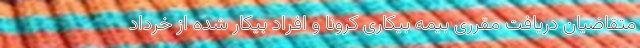
متقاضیان دریافت مقرری بیمه بیکاری کرونا و افراد بیکار شده از خرداد